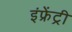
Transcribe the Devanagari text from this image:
इंफ्रेंट्री